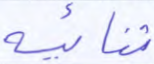
ثنائية